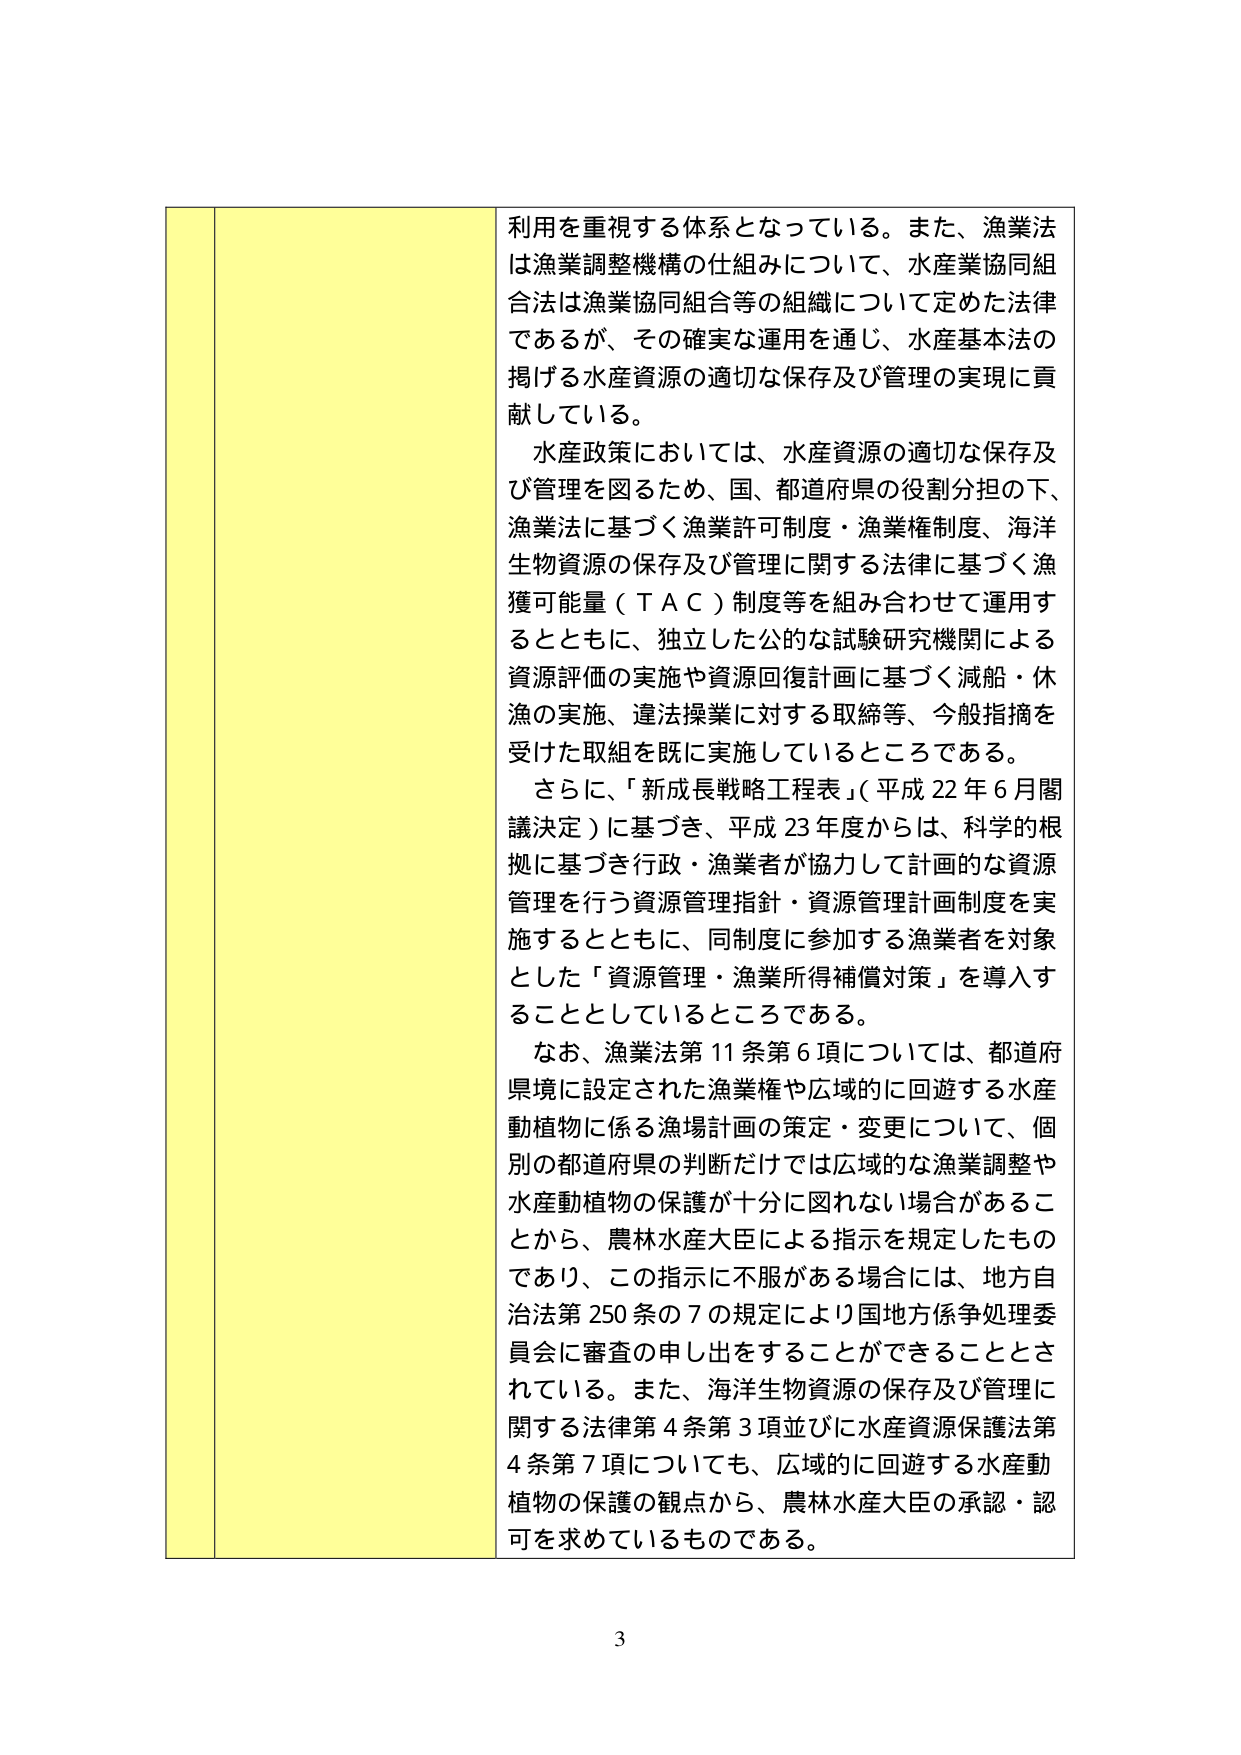
利用を重視する体系となっている。また、漁業法は漁業調整機構の仕組みについて、水産業協同組合法は漁業協同組合等の組織について定めた法律であるが、その確実な運用を通じ、水産基本法の掲げる水産資源の適切な保存及び管理の実現に貢献している。

水産政策においては、水産資源の適切な保存及び管理を図るため、国、都道府県の役割分担の下、漁業法に基づく漁業許可制度・漁業権制度、海洋生物資源の保存及び管理に関する法律に基づく漁獲可能量（ＴＡＣ）制度等を組み合わせて運用するとともに、独立した公的な試験研究機関による資源評価の実施や資源回復計画に基づく減船・休漁の実施、違法操業に対する取締等、今般指摘を受けた取組を既に実施しているところである。

さらに、「新成長戦略工程表」（平成22年6月閣議決定）に基づき、平成23年度からは、科学的根拠に基づき行政・漁業者が協力して計画的な資源管理を行う資源管理指針・資源管理計画制度を実施するとともに、同制度に参加する漁業者を対象とした「資源管理・漁業所得補償対策」を導入することとしているところである。

なお、漁業法第11条第6項については、都道府県境に設定された漁業権や広域的に回遊する水産動植物に係る漁場計画の策定・変更について、個別の都道府県の判断だけでは広域的な漁業調整や水産動植物の保護が十分に図れない場合があることから、農林水産大臣による指示を規定したものであり、この指示に不服がある場合には、地方自治法第250条の7の規定により国地方係争処理委員会に審査の申し出をすることができることとされている。また、海洋生物資源の保存及び管理に関する法律第4条第3項並びに水産資源保護法第4条第7項についても、広域的に回遊する水産動植物の保護の観点から、農林水産大臣の承認・認可を求めているものである。

3